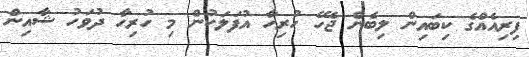
ފިރިއެއްގެ ކިބައިން ލިބެން ޖެހޭ ހުރިހާ އުފަލަކުން މި ހުރިހާ ދުވަހު ޝާއިން